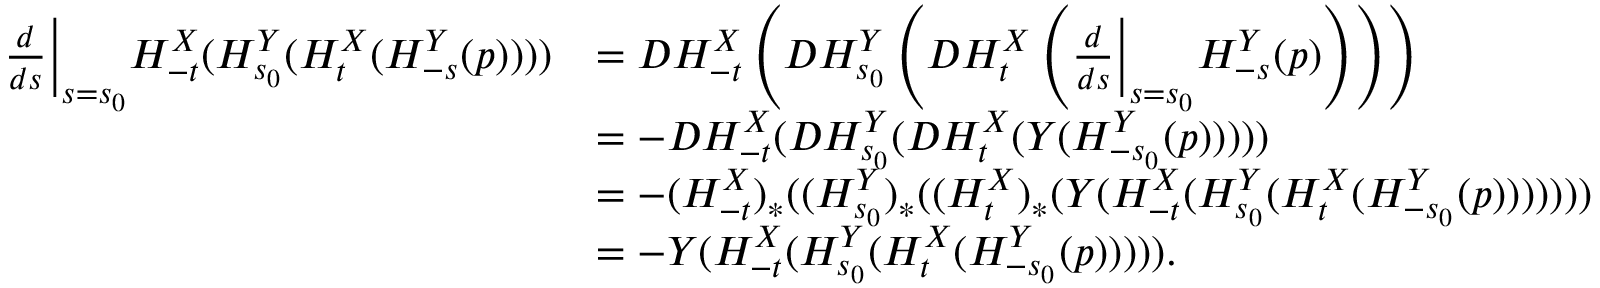
\begin{array} { r l } { \frac { d } { d s } \bigg \vert _ { s = s _ { 0 } } H _ { - t } ^ { X } ( H _ { s _ { 0 } } ^ { Y } ( H _ { t } ^ { X } ( H _ { - s } ^ { Y } ( p ) ) ) ) } & { = D H _ { - t } ^ { X } \left( D H _ { s _ { 0 } } ^ { Y } \left( D H _ { t } ^ { X } \left( \frac { d } { d s } \bigg \vert _ { s = s _ { 0 } } H _ { - s } ^ { Y } ( p ) \right) \right) \right) } \\ & { = - D H _ { - t } ^ { X } ( D H _ { s _ { 0 } } ^ { Y } ( D H _ { t } ^ { X } ( Y ( H _ { - s _ { 0 } } ^ { Y } ( p ) ) ) ) ) } \\ & { = - ( H _ { - t } ^ { X } ) _ { * } ( ( H _ { s _ { 0 } } ^ { Y } ) _ { * } ( ( H _ { t } ^ { X } ) _ { * } ( Y ( H _ { - t } ^ { X } ( H _ { s _ { 0 } } ^ { Y } ( H _ { t } ^ { X } ( H _ { - s _ { 0 } } ^ { Y } ( p ) ) ) ) ) ) ) } \\ & { = - Y ( H _ { - t } ^ { X } ( H _ { s _ { 0 } } ^ { Y } ( H _ { t } ^ { X } ( H _ { - s _ { 0 } } ^ { Y } ( p ) ) ) ) ) . } \end{array}